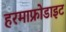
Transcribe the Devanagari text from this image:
हरमाफ्रोडाइट